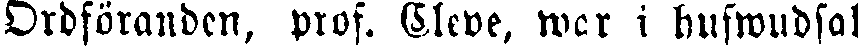
Ordföranden, prof. Cleve, war i hufwudsak